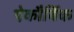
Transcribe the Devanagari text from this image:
ऐकौर्बिक